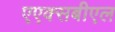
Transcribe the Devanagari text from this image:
एएक्सबीएल